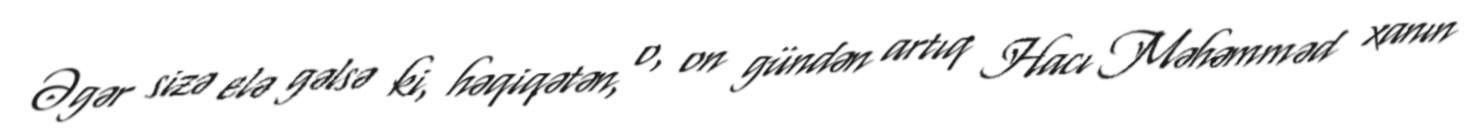
Əgər sizə elə gəlsə ki, həqiqətən, o, on gündən artıq Hacı Məhəmməd xanın